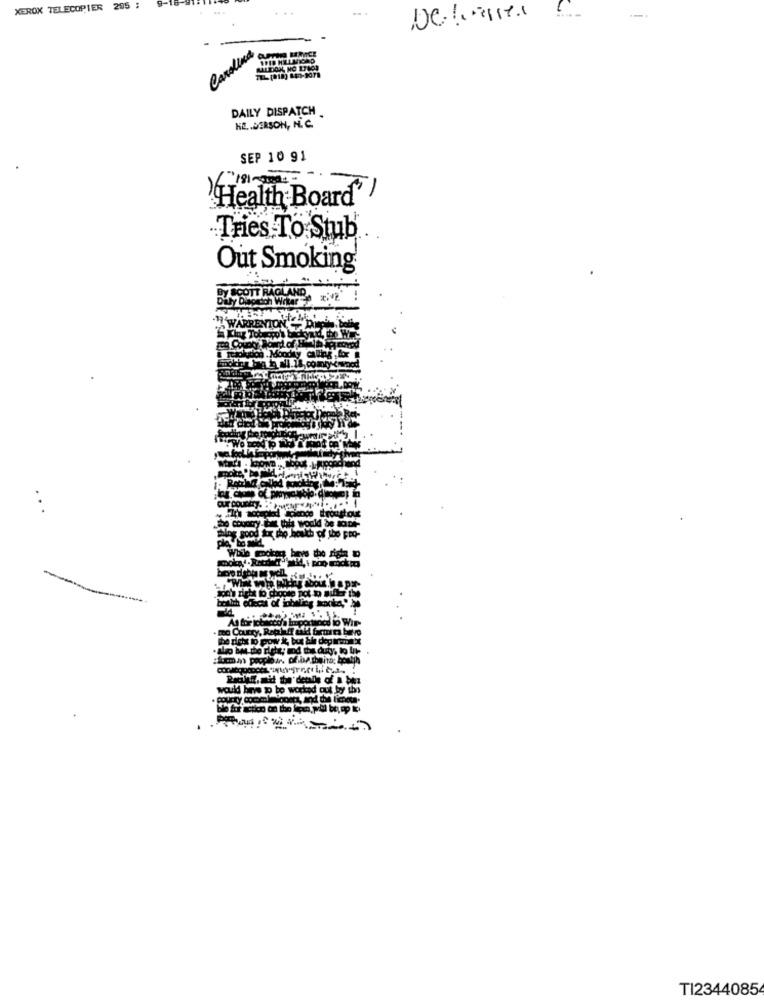
9-
XEROX TELECOPIER
205 :
Carolina
DAILY DISPATCH
HE .. DERSON, N. C.
SEP 10 91
"Health Board"
Tries To Stub
Out Smoking
Dily Diforsch Wrter "
SCOTT RAGLAND, : "2"
would bmw
TI2344085